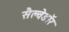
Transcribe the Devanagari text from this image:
सैल्वेडॉर